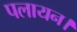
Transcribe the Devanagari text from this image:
पलायन।